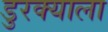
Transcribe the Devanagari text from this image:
डुरक्याला